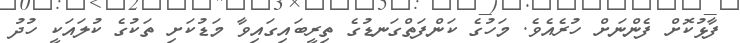
ފާޅުކޮށް ފެންނަށް ހުރެއެވެ. މަހުގެ ކަންފަތްގަނޑުގެ ތިރީބައިގައިވާ މަޑުކަށި ތަކުގެ ކުލައަކީ ހުދު